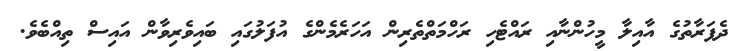
ދެފަރާތުގެ އާއިލާ މީހުންނާއި ރައްޓެހި ރަހްމަތްތެރިން އަހަރެމެންގެ އުފަލުގައި ބައިވެރިވާން އައިސް ތިއްބެވެ.